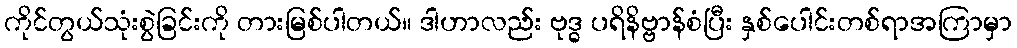
ကိုင်တွယ်သုံးစွဲခြင်းကို တားမြစ်ပါတယ်။ ဒါဟာလည်း ဗုဒ္ဓ ပရိနိဗ္ဗာန်စံပြီး နှစ်ပေါင်းတစ်ရာအကြာမှာ